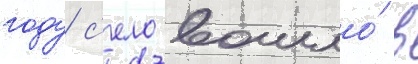
году с'ело вошло́ в